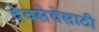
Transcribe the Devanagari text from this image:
देवसेवेसाठी